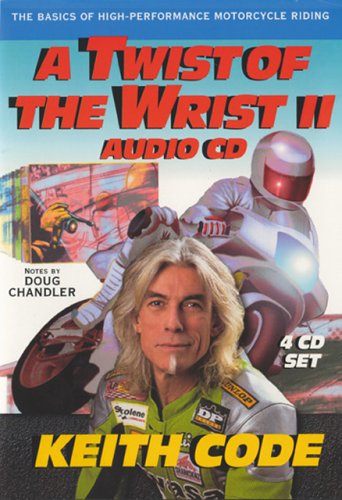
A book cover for Twist of the Wrist II 4 Volume Audio CD; Keith Code; Sports & Outdoors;